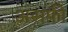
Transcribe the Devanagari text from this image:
असफी